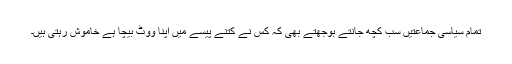
تمام سیاسی جماعتیں سب کچھ جانتے بوجھتے بھی کہ کس نے کتنے پیسے میں اپنا ووٹ بیچا ہے خاموش رہتی ہیں۔